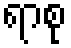
ရာစု